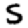
Digit: 5